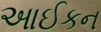
આઈકન